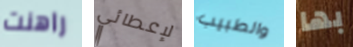
راهنت لإعطائي والطبيب بها